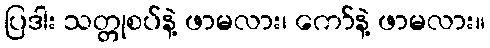
ပြဒါး သတ္တုစပ်နဲ့ ဖာမလား၊ ကော်နဲ့ ဖာမလား။